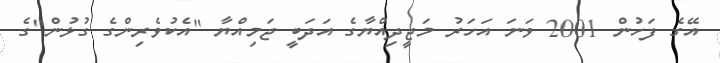
އޭގެ ފަހުން 2001 ވަނަ އަހަރު މަޖީދިއްޔާގެ އަދަބީ ޖަމިއްޔާ "އެކުވެރިންގެ ގުޅުން"ގެ